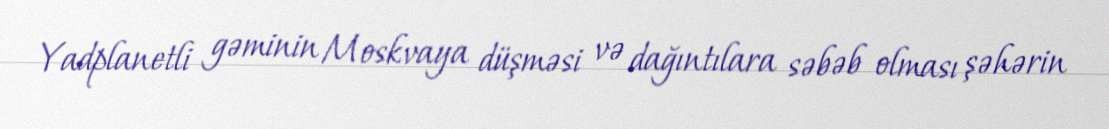
Yadplanetli gəminin Moskvaya düşməsi və dağıntılara səbəb olması şəhərin